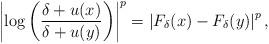
LaTeX: \begin{align*}\left|\log\left(\frac{\delta+u(x)}{\delta+u(y)}\right)\right|^p=\left| F_\delta(x) - F_\delta(y)\right|^p,\end{align*}